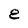
Character: 8